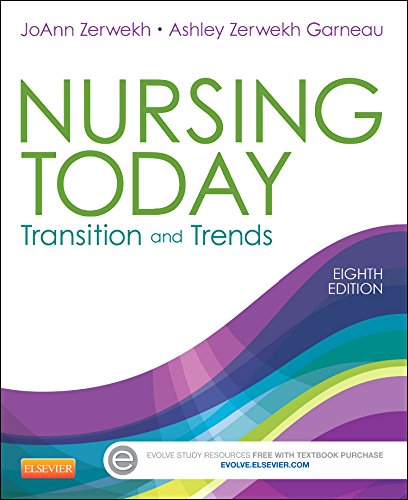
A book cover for Nursing Today: Transition and Trends, 8e (Nursing Today: Transition & Trends (Zerwekh)); JoAnn Zerwekh MSN  EdD  RN; Medical Books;